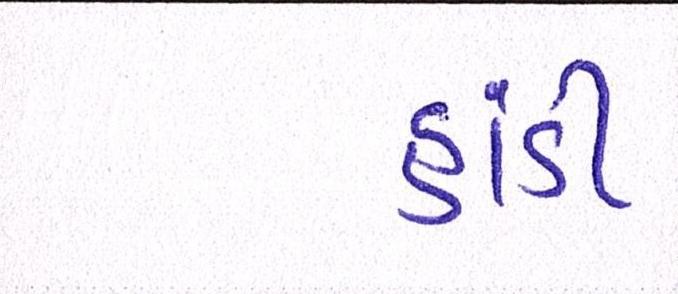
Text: હાંડી